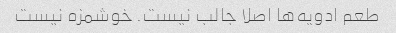
طعم ادویه‌ها اصلا جالب نیست. خوشمزه نیست